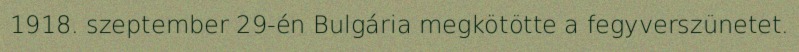
1918. szeptember 29-én Bulgária megkötötte a fegyverszünetet.